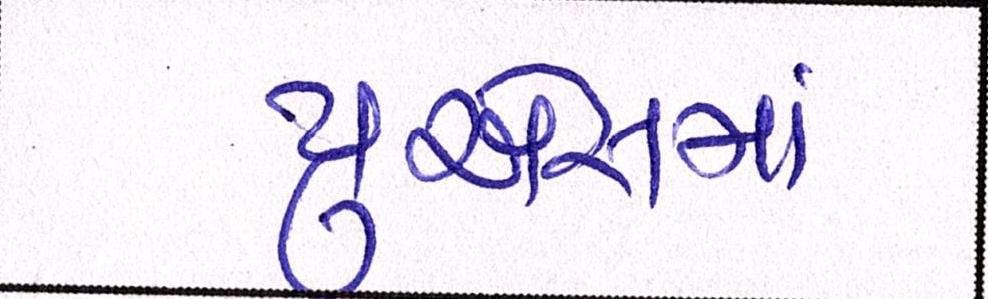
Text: યુએસમાં